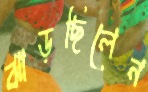
ঝাড়ছিলেন